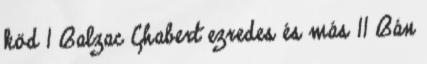
köd 1 Balzac Chabert ezredes és más 11 Bán